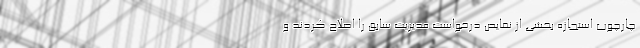
چارچوب استجازه بخشی از نقایص درخواست مدیریت سابق را اصلاح کردند و